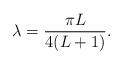
LaTeX: \begin{align*}\lambda=\frac{\pi L}{4(L+1)}.\end{align*}